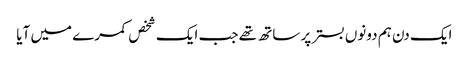
ایک دن ہم دونوں بستر پر ساتھ تھے جب ایک شخص کمرے میں آیا